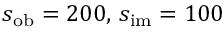
s _ { \mathrm { o b } } = 2 0 0 , \, s _ { \mathrm { i m } } = 1 0 0